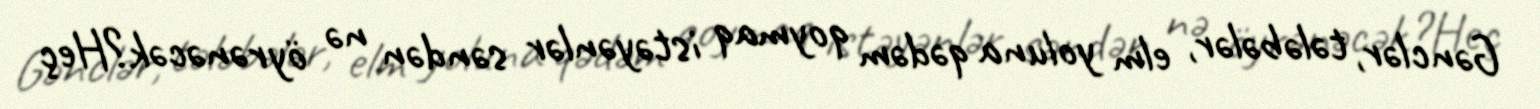
Gənclər, tələbələr, elm yoluna qədəm qoymaq istəyənlər səndən nə öyrənəcək?Heç